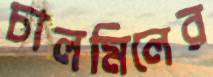
চালমিলের